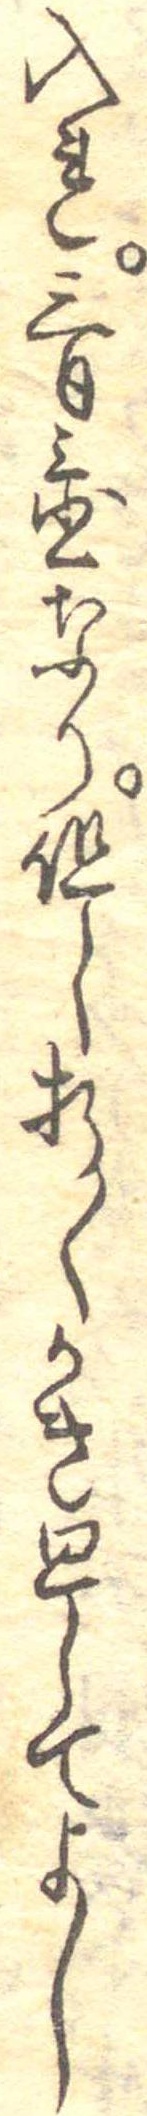
入れ三日置なり但し折々かき廻してよし